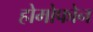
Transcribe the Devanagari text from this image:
होमोफोन